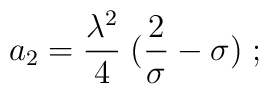
a_2 = {\lambda^2 \over 4}\; ({2\over \sigma} - \sigma)\;;